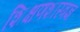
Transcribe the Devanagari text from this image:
शिक्षणशास्त्रज्ञ